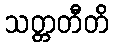
သတ္တတီတိ